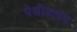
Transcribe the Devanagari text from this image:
पेथीडाइन